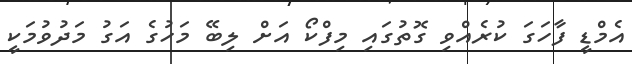
އެމްޑީ ފާހަގަ ކުރެއްވި ގޮތުގައި މިފްކޯ އަށް ލިބޭ މަހުގެ އަގު މަދުވުމަކީ